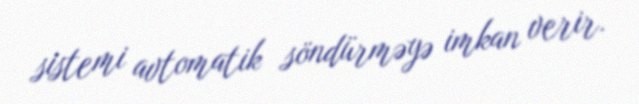
sistemi avtomatik söndürməyə imkan verir.